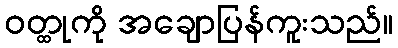
ဝတ္ထုကို အချောပြန်ကူးသည်။